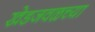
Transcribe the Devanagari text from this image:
खेडजवळच्या